Lunatic asylums in Bengal annual reports 1912-1924 - 1912-1924
Year: 1912
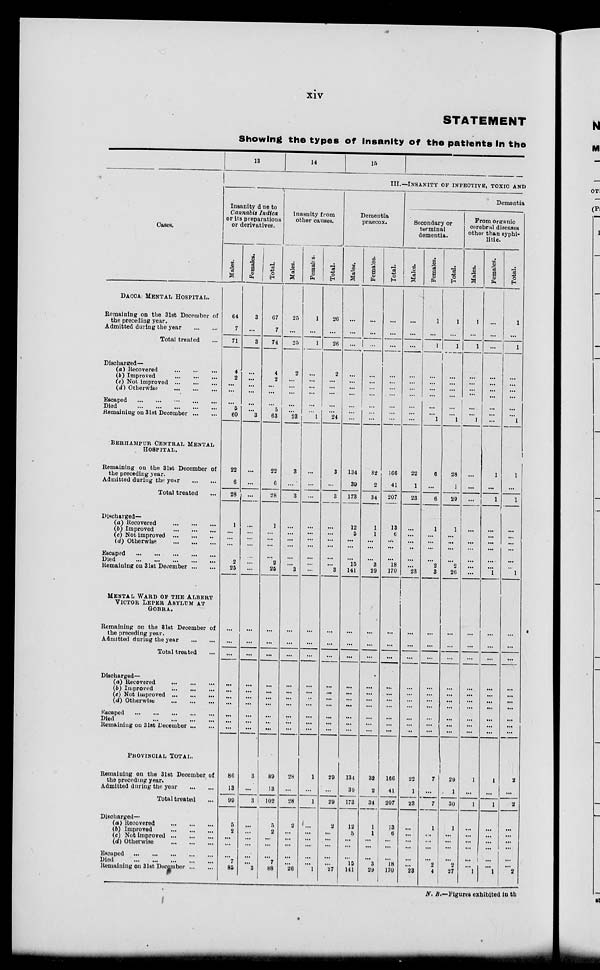
xiv
STATEMENT
Showing the types of Insanity of the patients in the
Cases.
DACCA MENTAL HOSPITAL.
Remaining on the 31st December of
the preceding year.
Admitted during the year
...
...
Total treated ...
Discharged—
(a) Recovered
...
...
...
(b) Improved
...
...
...
(c) Not improved ... ... ...
(d) Otherwise
...
...
...
Escaped
...
...
...
...
Died
...
...
...
...
Remaining on 31st December
BERHAMPUR CENTRAL MENTAL
HOSPITAL.
Remaining on the 31st December of
the preceding year.
Admitted during the year
...
...
Total treated ...
Discharged—
(a) Recovered
...
...
...
(b) Improved
...
...
...
(c) Not improved ... ... ...
(d) Otherwise
...
...
...
Escaped
...
...
...
...
...
Died
...
...
...
...
...
Remaining on 31st December
MENTAL WARD OF THE ALBERT
VICTOR LEPER ASYLUM AT
GOBRA.
Remaining on the 31st December of
the preceding year.
Admitted during the year
...
...
Total treated ...
Discharged—
(a) Recovered ... ... ...
(b) Improved
...
...
...
(c) Not improved ... ... ...
(d) Otherwise
...
...
...
Escaped
...
...
...
...
...
Died
...
...
...
...
Remaining on 31st December
PROVINCIAL TOTAL.
Remaining on the 31st December of
the preceding year.
Admitted during the year
...
...
Total treated ...
Discharged—
(a) Recovered
...
...
...
(b) Improved
...
...
...
(c) Not improved ... ... ...
(d) Otherwise
...
...
...
Escaped
...
...
...
...
...
Died
...
...
...
...
...
Remaining on 31st December
13
14
15
III.—INSANITY OF INFECTIVE ,TOXIC AND
Insanity due to
Cannabis Indica
or its preparations
or derivatives.
Males.
64
7
71
4
2
...
...
...
5
60
22
6
28
1
...
...
...
...
2
25
...
...
...
...
...
...
...
...
...
...
86
13
99
5
2
...
...
...
7
85
Females.
3
...
3
...
...
...
...
...
...
3
...
...
...
...
...
...
...
...
...
...
...
...
...
...
...
...
...
...
...
...
3
...
3
...
...
...
...
...
...
3
Total.
67
7
74
4
2
...
...
...
5
63
22
6
28
1
...
...
...
...
2
25
...
...
...
...
...
...
...
...
...
...
89
13
102
5
2
...
...
...
7
88
lnasnity from
other causes.
Males.
25
...
25
2
...
...
...
...
...
23
3
...
3
...
...
...
...
...
...
3
...
...
...
...
...
...
...
...
...
...
28
...
28
2
...
...
...
...
...
26
Females.
1
...
1
...
...
...
...
...
...
1
...
...
...
...
...
...
...
...
...
...
...
...
...
...
...
..
...
...
...
...
1
...
1
...
...
...
...
...
...
1
Total.
26
...
26
2
...
...
...
...
...
24
3
...
3
...
...
...
...
...
...
3
...
...
...
...
...
...
...
...
...
...
29
...
29
2
...
...
...
...
...
27
Dementia
praecox.
Males.
...
...
...
...
...
...
...
...
...
...
134
39
173
12
5
...
...
...
15
141
...
...
...
...
...
...
...
...
...
...
134
39
173
12
5
...
...
...
15
141
Females.
...
...
...
...
...
...
...
...
...
...
32
2
34
1
1
...
...
3
29
...
...
...
...
...
...
...
...
...
...
32
2
34
1
1
...
...
...
3
29
Total.
...
...
...
...
...
...
...
...
...
...
166
41
207
13
6
...
...
...
18
170
...
...
...
...
...
...
...
...
...
...
166
41
207
13
6
...
...
...
18
170
Dementia
Secondary or
terminal
dementia.
Males.
...
...
...
...
...
...
...
...
...
...
22
1
23
...
...
...
...
...
...
23
...
...
...
...
...
...
...
...
...
...
22
1
23
...
...
...
...
...
...
23
Females.
1
...
1
...
...
...
...
...
...
1
6
...
6
1
...
...
...
...
2
3
...
...
...
...
...
...
...
...
...
...
7
...
7
1
...
...
...
...
2
4
Total.
1
...
1
...
...
...
...
...
...
1
28
1
20
1
...
...
...
...
2
26
...
...
...
...
...
...
...
...
...
...
29
1
30
1
...
...
...
...
2
27
From organic
cerebral diseases
other than syphi-
litic.
Males.
1
...
1
...
...
...
...
...
...
1
...
...
...
...
...
...
...
...
...
...
...
...
...
...
...
...
...
...
...
...
1
...
1
...
...
...
...
...
...
1
Females.
...
...
...
...
...
...
...
...
...
...
1
...
1
...
...
...
...
...
...
1
...
...
...
...
...
...
...
...
...
...
1
...
1
...
...
...
...
...
...
1
Total.
1
...
1
...
...
...
...
...
...
...
1
1
...
1
...
...
...
...
...
...
1
...
...
...
...
...
...
...
...
...
...
2
...
2
...
...
...
...
...
...
2
N. B.—Figures exhibited in th